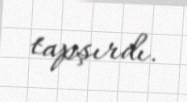
tapşırdı.